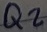
Text: Q2